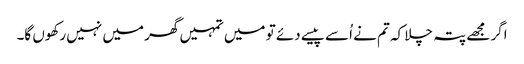
اگر مجھے پتہ چلا کہ تم نے اُسے پیسے دئے تو میں تمہیں گھر میں نہیں رکھوں گا۔